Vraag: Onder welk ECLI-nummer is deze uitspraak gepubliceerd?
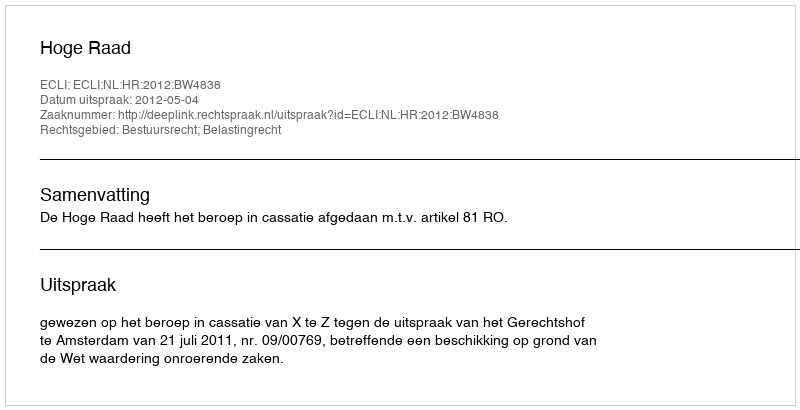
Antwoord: ECLI:NL:HR:2012:BW4838